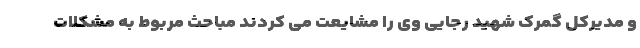
و مدیرکل گمرک شهید رجایی وی را مشایعت می کردند مباحث مربوط به مشکلات